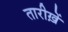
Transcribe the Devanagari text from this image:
तारीख़ें